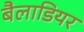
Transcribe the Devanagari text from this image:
बैलाडियर